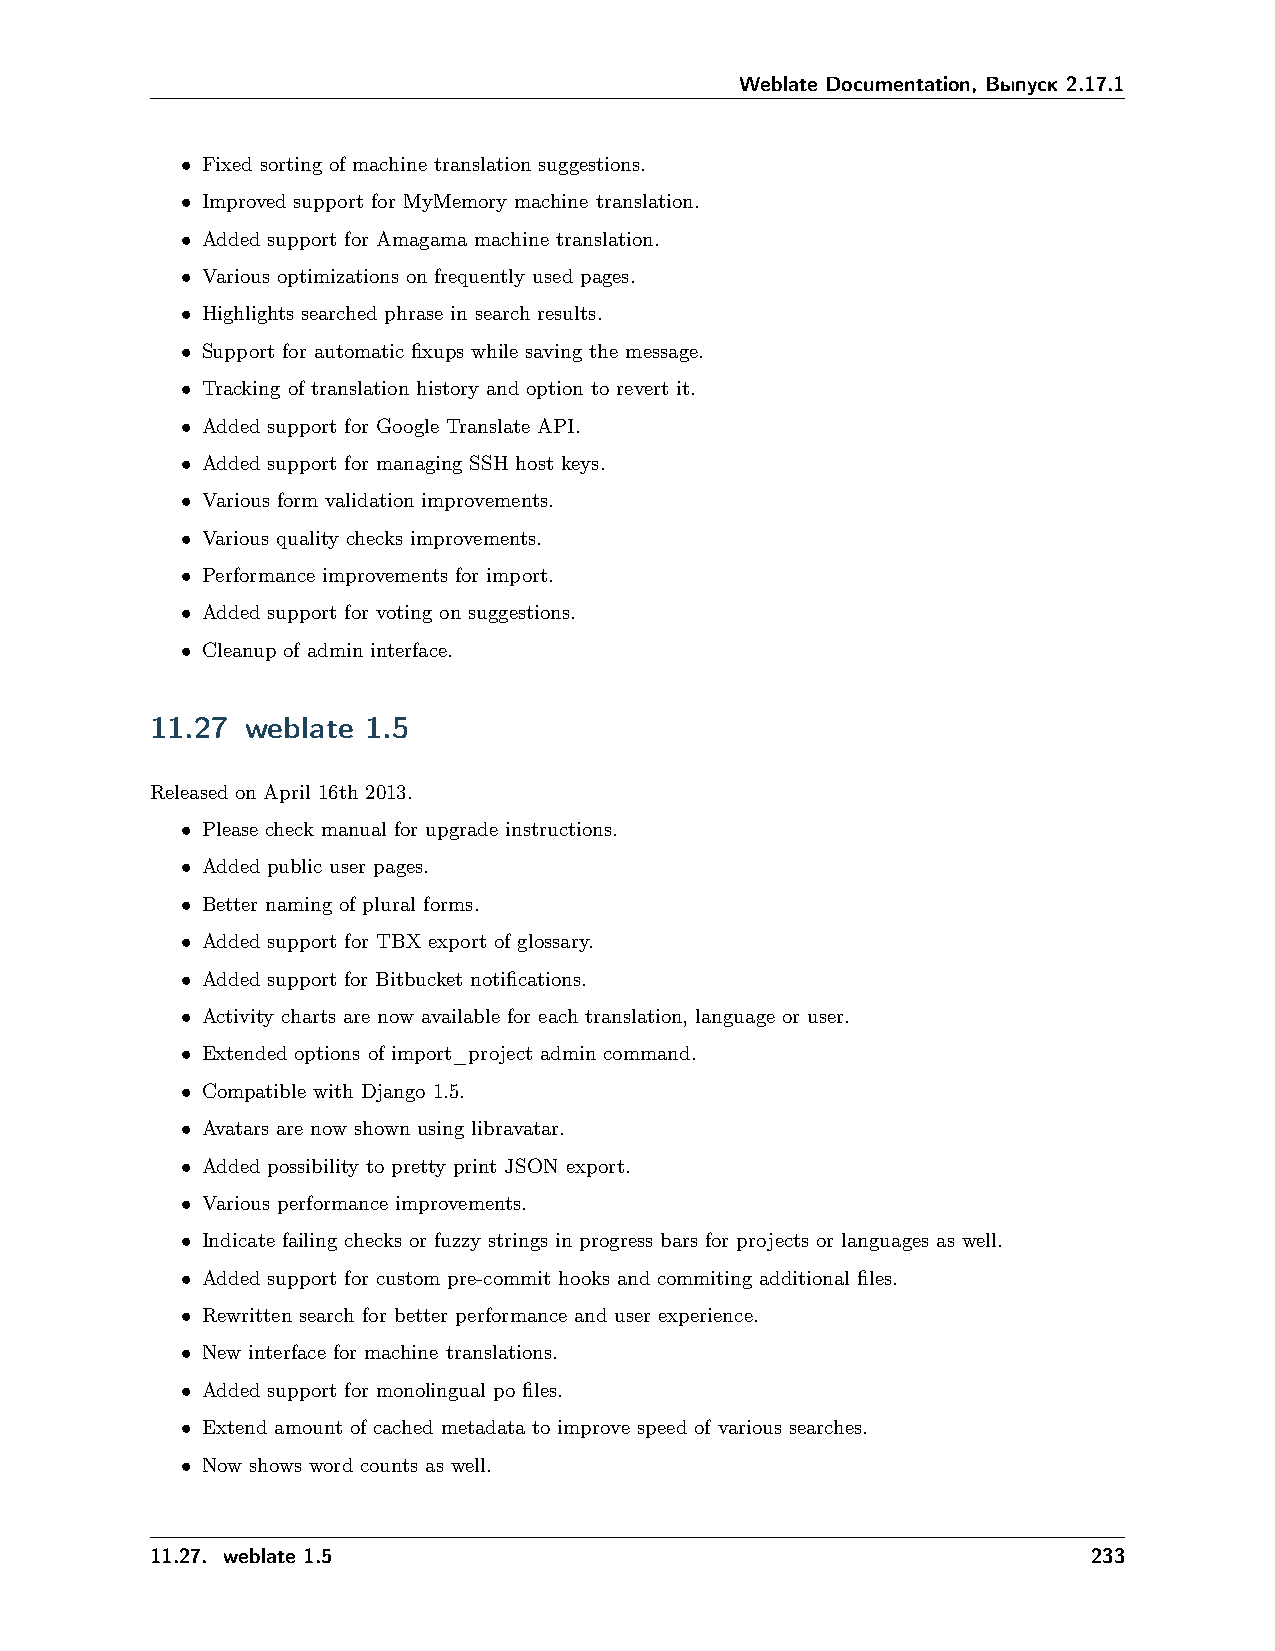
Weblate Documentation, Выпуск 2.17.1
 • Fixed sorting of machine translation suggestions.
 • Improved support for MyMemory machine translation.
 • Added support for Amagama machine translation.
 • Various optimizations on frequently used pages.
 • Highlights searched phrase in search results.
 • Support for automatic fixups while saving the message.
 • Tracking of translation history and option to revert it.
 • Added support for Google Translate API.
 • Added support for managing SSH host keys.
 • Various form validation improvements.
 • Various quality checks improvements.
 • Performance improvements for import.
 • Added support for voting on suggestions.
 • Cleanup of admin interface.
 11.27 weblate 1.5
 Released on April 16th 2013.
 • Please check manual for upgrade instructions.
 • Added public user pages.
 • Better naming of plural forms.
 • Added support for TBX export of glossary.
 • Added support for Bitbucket notifications.
 • Activity charts are now available for each translation, language or user.
 • Extended options of import_project admin command.
 • Compatible with Django 1.5.
 • Avatars are now shown using libravatar.
 • Added possibility to pretty print JSON export.
 • Various performance improvements.
 • Indicate failing checks or fuzzy strings in progress bars for projects or languages as well.
 • Added support for custom pre-commit hooks and commiting additional files.
 • Rewritten search for better performance and user experience.
 • New interface for machine translations.
 • Added support for monolingual po files.
 • Extend amount of cached metadata to improve speed of various searches.
 • Now shows word counts as well.
 11.27. weblate 1.5                                            233